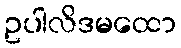
ဥပါလိဒမထော